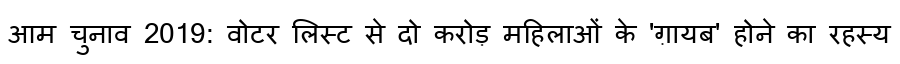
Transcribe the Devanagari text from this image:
आम चुनाव 2019: वोटर लिस्ट से दो करोड़ महिलाओं के 'ग़ायब' होने का रहस्य